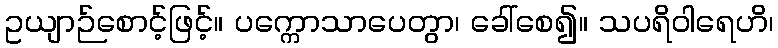
ဥယျာဉ်စောင့်ဖြင့်။ ပက္ကောသာပေတွာ၊ ခေါ်စေ၍။ သပရိဝါရေဟိ၊